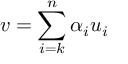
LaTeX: v = \sum _ { i = k } ^ { n } \alpha _ { i } u _ { i }